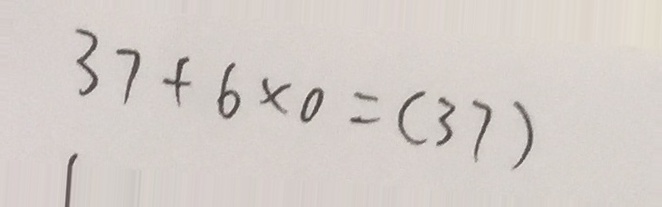
3 7 + 6 \times 0 = ( 3 7 )